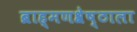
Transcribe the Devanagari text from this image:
ब्राह्मणश्रेष्ठाला